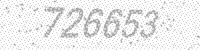
Solution: 726653